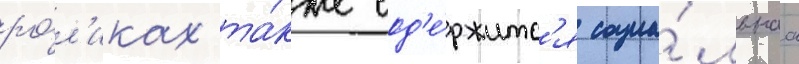
ро́л'иках та́кже сод'е́ржитс'я социа́льнаа